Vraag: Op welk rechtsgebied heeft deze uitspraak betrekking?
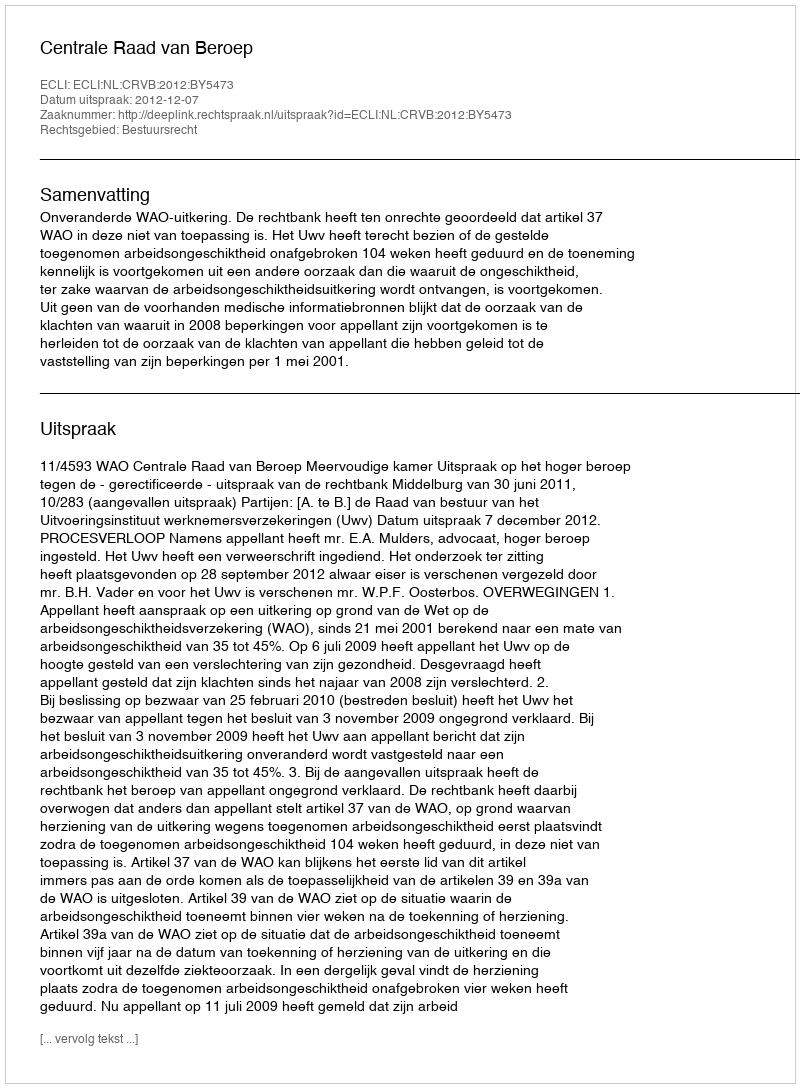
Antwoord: Bestuursrecht